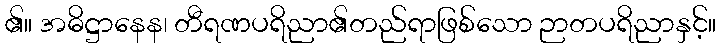
၏။ အဓိဋ္ဌာနေန၊ တီရဏပရိညာ၏တည်ရာဖြစ်သော ဉာတပရိညာနှင့်။